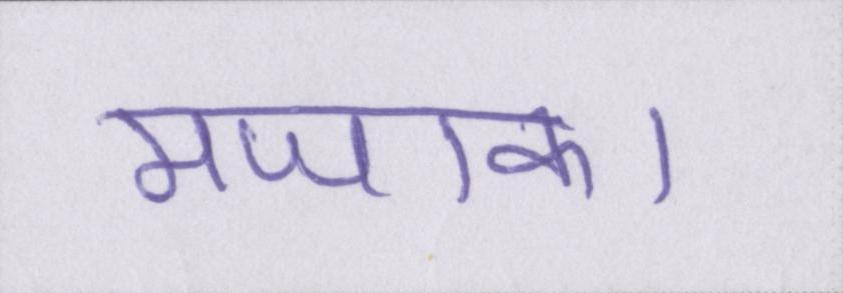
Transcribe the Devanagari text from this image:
मजाक।